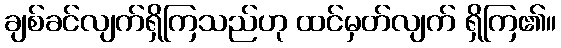
ချစ်ခင်လျက်ရှိကြသည်ဟု ထင်မှတ်လျက် ရှိကြ၏။